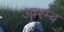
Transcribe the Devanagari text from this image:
आरम्ब